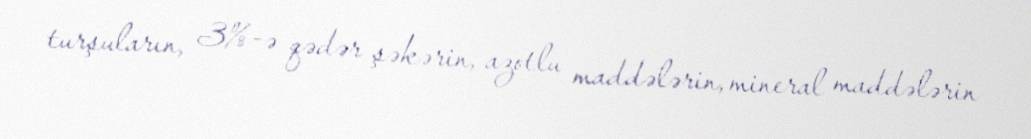
turşuların, 3%-ə qədər şəkərin, azotlu maddələrin, mineral maddələrin